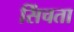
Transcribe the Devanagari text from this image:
सिंचता